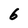
Character: 6